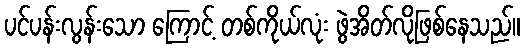
ပင်ပန်းလွန်းသော ကြောင့် တစ်ကိုယ်လုံး ဖွဲအိတ်လိုဖြစ်နေသည်။